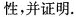
性，并证明.